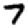
Digit: 7